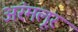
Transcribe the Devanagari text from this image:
अरंमलूर